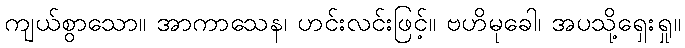
ကျယ်စွာသော။ အာကာသေန၊ ဟင်းလင်းဖြင့်။ ဗဟိမုခေါ၊ အပသို့ရှေးရှု။